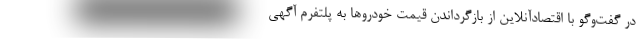
در گفت‌وگو با اقتصادآنلاین از بازگرداندن قیمت خودروها به پلتفرم آگهی